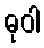
ဓုဝါ